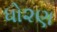
ધો૨ણ